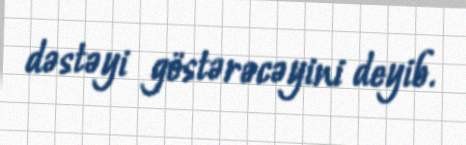
dəstəyi göstərəcəyini deyib.